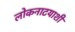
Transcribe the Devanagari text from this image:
लोकनाटयाशी